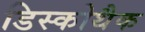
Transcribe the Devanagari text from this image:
डिस्कोथैक